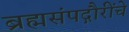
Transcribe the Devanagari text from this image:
ब्रह्मसंपद्गौरींचे